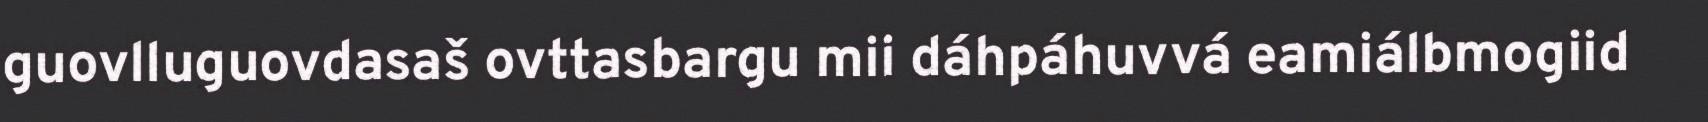
guovlluguovdasaš ovttasbargu mii dáhpáhuvvá eamiálbmogiid